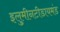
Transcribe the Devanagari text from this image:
इलुमीनटीडायमंड